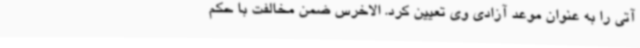
آتی را به عنوان موعد آزادی وی تعیین کرد. الاخرس ضمن مخالفت با حکم